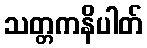
သတ္တကနိပါတ်